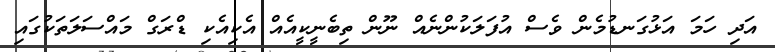
އަދި ހަމަ އަޅުގަނޑުމެން ވެސް އުފަލަކުންނެއް ނޫން ތިބެނީކީއެއް އެކިއެކި ޑްރަގް މައްސަލަތަކުގައި